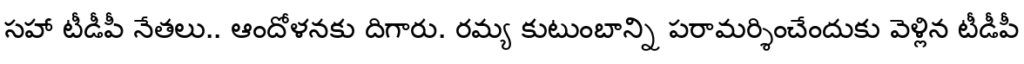
సహా టీడీపీ నేతలు.. ఆందోళనకు దిగారు. రమ్య కుటుంబాన్ని పరామర్శించేందుకు వెళ్లిన టీడీపీ